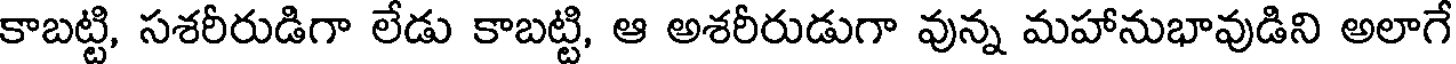
కాబట్టి, సశరీరుడిగా లేడు కాబట్టి, ఆ అశరీరుడుగా వున్న మహానుభావుడిని అలాగే